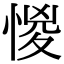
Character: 惾